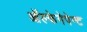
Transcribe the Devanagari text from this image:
ऑल्केगेपेन्ट